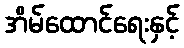
အိမ်ထောင်ရေးနှင့်